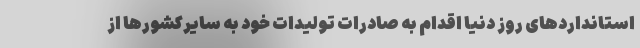
استانداردهای روز دنیا اقدام به صادرات تولیدات خود به سایرکشورها از